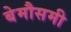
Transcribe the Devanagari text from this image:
बेमौसमी